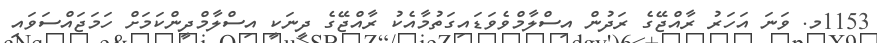
1153މ. ވަނަ އަހަރު ރާއްޖޭގެ ރަދުން އިސްލާމްވެވަޑައިގަތުމާއެކު ރާއްޖޭގެ ދީނަކީ އިސްލާމްދީންކަމަށް ހަމަޖައްސަވައި